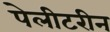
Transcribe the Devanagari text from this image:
पेलीटरीन